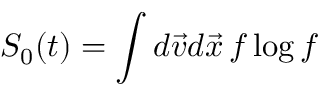
S _ { 0 } ( t ) = \int d \vec { v } d \vec { x } \, f \log f